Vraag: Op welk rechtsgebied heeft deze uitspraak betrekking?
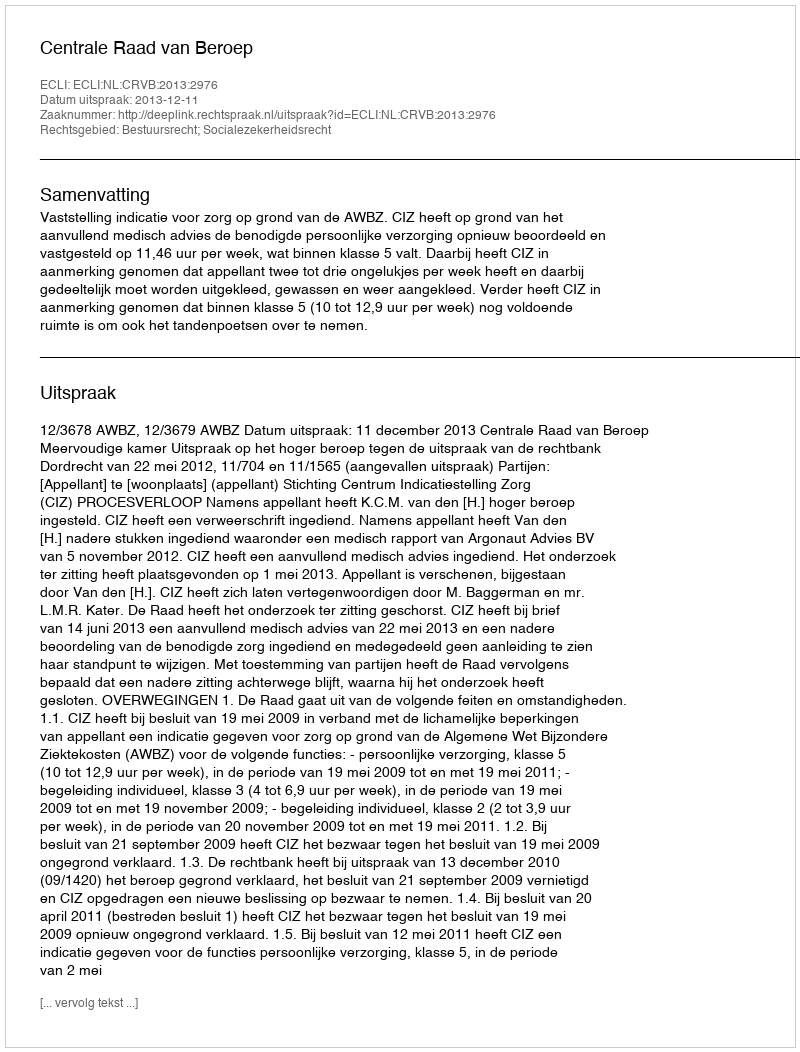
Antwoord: Bestuursrecht; Socialezekerheidsrecht